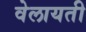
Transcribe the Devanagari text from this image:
वेलायती